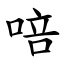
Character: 㖣